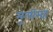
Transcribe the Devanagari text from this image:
मुलीसह